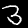
Digit: 3